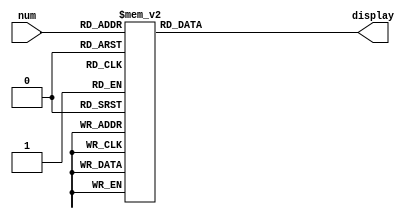
/* ***************************************************************\
| Name of program : hex7seg
| Author : Charles Heckel
| Date Created : 5/31/2018
| Date last updated : 5/31/2018
| Function : interpretes input signal as a hexadecimal number to
|		display
| Method : recieves 4bit input via main function, then sends power
|		to respective segments from a SSD
| Inputs : num		- 4bit binary signal
| Output : display- single seven-segment-display
| Additional Comments : (Extras)
\*****************************************************************/

module hex7seg(num, display);
  input [3:0] num;
  output reg [0:6] display;
  // Additional variables
  
  
  // Implementation
  // SSD uses negative logic (0 means power)
  always@(num)
  begin
    display = 7'b1111111; // all lights off
    // in the case of each number, 0-F ...
	 // ... light up each segment
    case(num)
	   4'h0: display = 7'b0000001;
	   4'h1: display = 7'b1001111;
	   4'h2: display = 7'b0010010;
	   4'h3: display = 7'b0000110;
	   4'h4: display = 7'b1001100;
	   4'h5: display = 7'b0100100;
	   4'h6: display = 7'b0100000;
	   4'h7: display = 7'b0001111;
	   4'h8: display = 7'b0000000;
	   4'h9: display = 7'b0001100;
	   4'hA: display = 7'b0001000;
	   4'hB: display = 7'b1100000;
	   4'hC: display = 7'b0110001;
	   4'hD: display = 7'b1000010;
	   4'hE: display = 7'b0110000;
	   4'hF: display = 7'b0111000;
		default: display = 7'bx;
		endcase
  end // always
  
  
endmodule